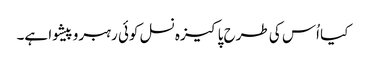
کیا اُس کی طرح پاکیزہ نسل کوئی رہبروپیشوا ہے۔